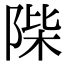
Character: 𨹼